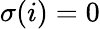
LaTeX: \sigma(i)=0